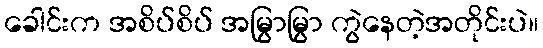
ခေါင်းက အစိပ်စိပ် အမြွာမြွာ ကွဲနေတဲ့အတိုင်းပဲ။